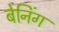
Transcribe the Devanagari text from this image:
बेनिंग